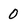
Character: 0